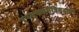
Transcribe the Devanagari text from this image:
उपमुख्यमंत्रिपदाचा